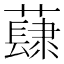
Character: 𧀳